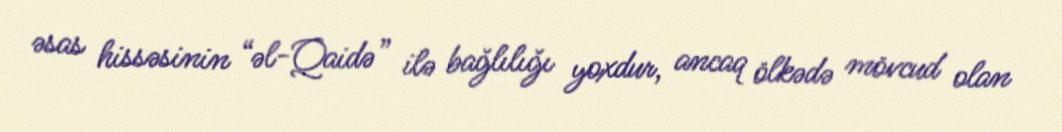
əsas hissəsinin “əl-Qaidə” ilə bağlılığı yoxdur, ancaq ölkədə mövcud olan